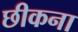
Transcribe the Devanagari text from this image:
छीकना